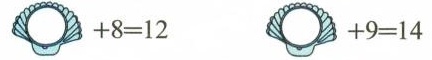
$$ + 8 = 12$$ $$ + 9 = 1 4$$